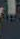
'